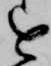
を